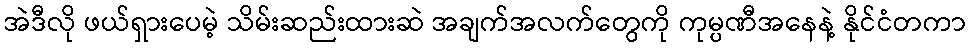
အဲဒီလို ဖယ်ရှားပေမဲ့ သိမ်းဆည်းထားဆဲ အချက်အလက်တွေကို ကုမ္ပဏီအနေနဲ့ နိုင်ငံတကာ